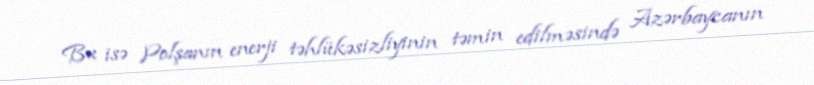
Bu isə Polşanın enerji təhlükəsizliyinin təmin edilməsində Azərbaycanın